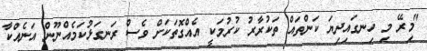
"މިރޭ މި ހިނގައިދިޔަ ކަންތައް ތަކުރާރު ކުރުމަކީ އެއްގޮތަކަށް ވެސް ރަނގަޅުކަމެއްނޫން އަނެއްކާ